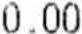
0.00